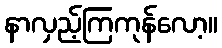
နာလှည့်ကြကုန်လော့။